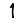
Digit: 1